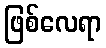
ဖြစ်လေရာ